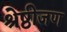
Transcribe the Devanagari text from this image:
श्रेष्ठीजण